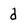
Character: d